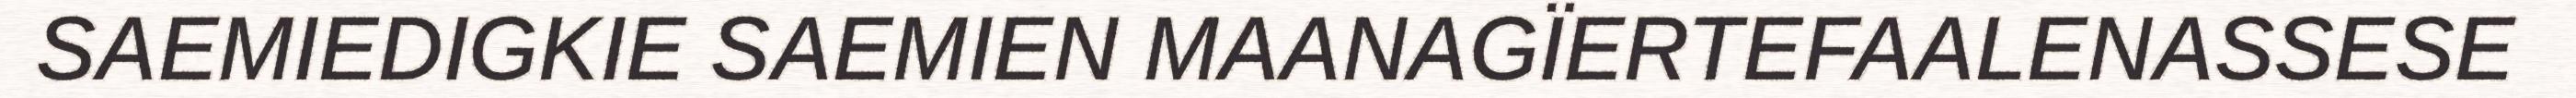
SAEMIEDIGKIE SAEMIEN MAANAGÏERTEFAALENASSESE